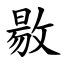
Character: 敭